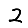
Digit: 2